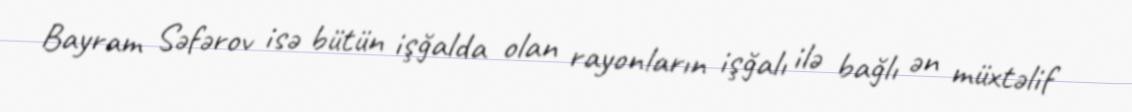
Bayram Səfərov isə bütün işğalda olan rayonların işğalı ilə bağlı ən müxtəlif